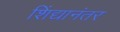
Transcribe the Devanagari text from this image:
शिंद्यानंतर